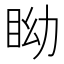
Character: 眑